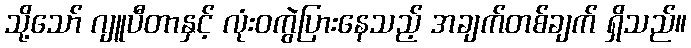
သို့သော် ဂျူပီတာနှင့် လုံးဝကွဲပြားနေသည့် အချက်တစ်ချက် ရှိသည်။